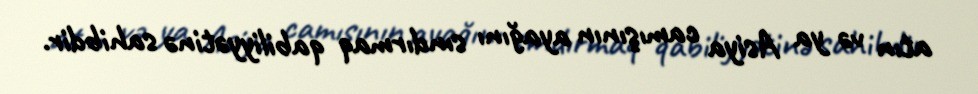
atın və ya Asiya camışının ayağını sındırmaq qabiliyyətinə sahibdir.